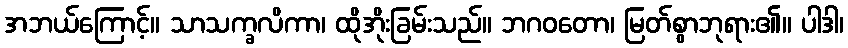
အဘယ်ကြောင့်။ သာသက္ခလိကာ၊ ထိုအိုးခြမ်းသည်။ ဘဂဝတော၊ မြတ်စွာဘုရား၏။ ပါဒါ၊